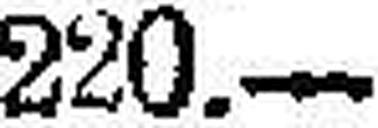
220.—